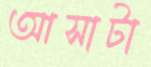
আসাটা